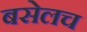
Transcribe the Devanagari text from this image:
बसेलच